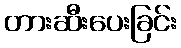
တားဆီးပေးခြင်း